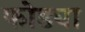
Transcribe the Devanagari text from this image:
फोड्या